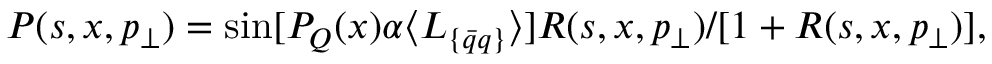
P ( s , x , p _ { \perp } ) = \sin [ { \cal { P } } _ { Q } ( x ) \alpha \langle L _ { \{ \bar { q } q \} } \rangle ] { R ( s , x , p _ { \perp } ) } / { [ 1 + R ( s , x , p _ { \perp } ) ] } ,